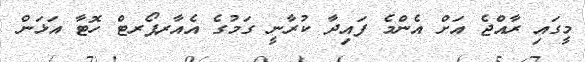
މީގައި ރާއްޖެ އަށް އެންމެ ފައިދާ ކުރާނީ ގަމުގެ އެއާރޕޯރޓް ހޮޓާ އަޅަން